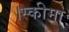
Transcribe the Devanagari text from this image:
।स्कीमा